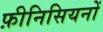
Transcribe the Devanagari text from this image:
फ़ीनिसियनों